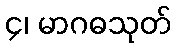
၄၊ မာဂဓသုတ်